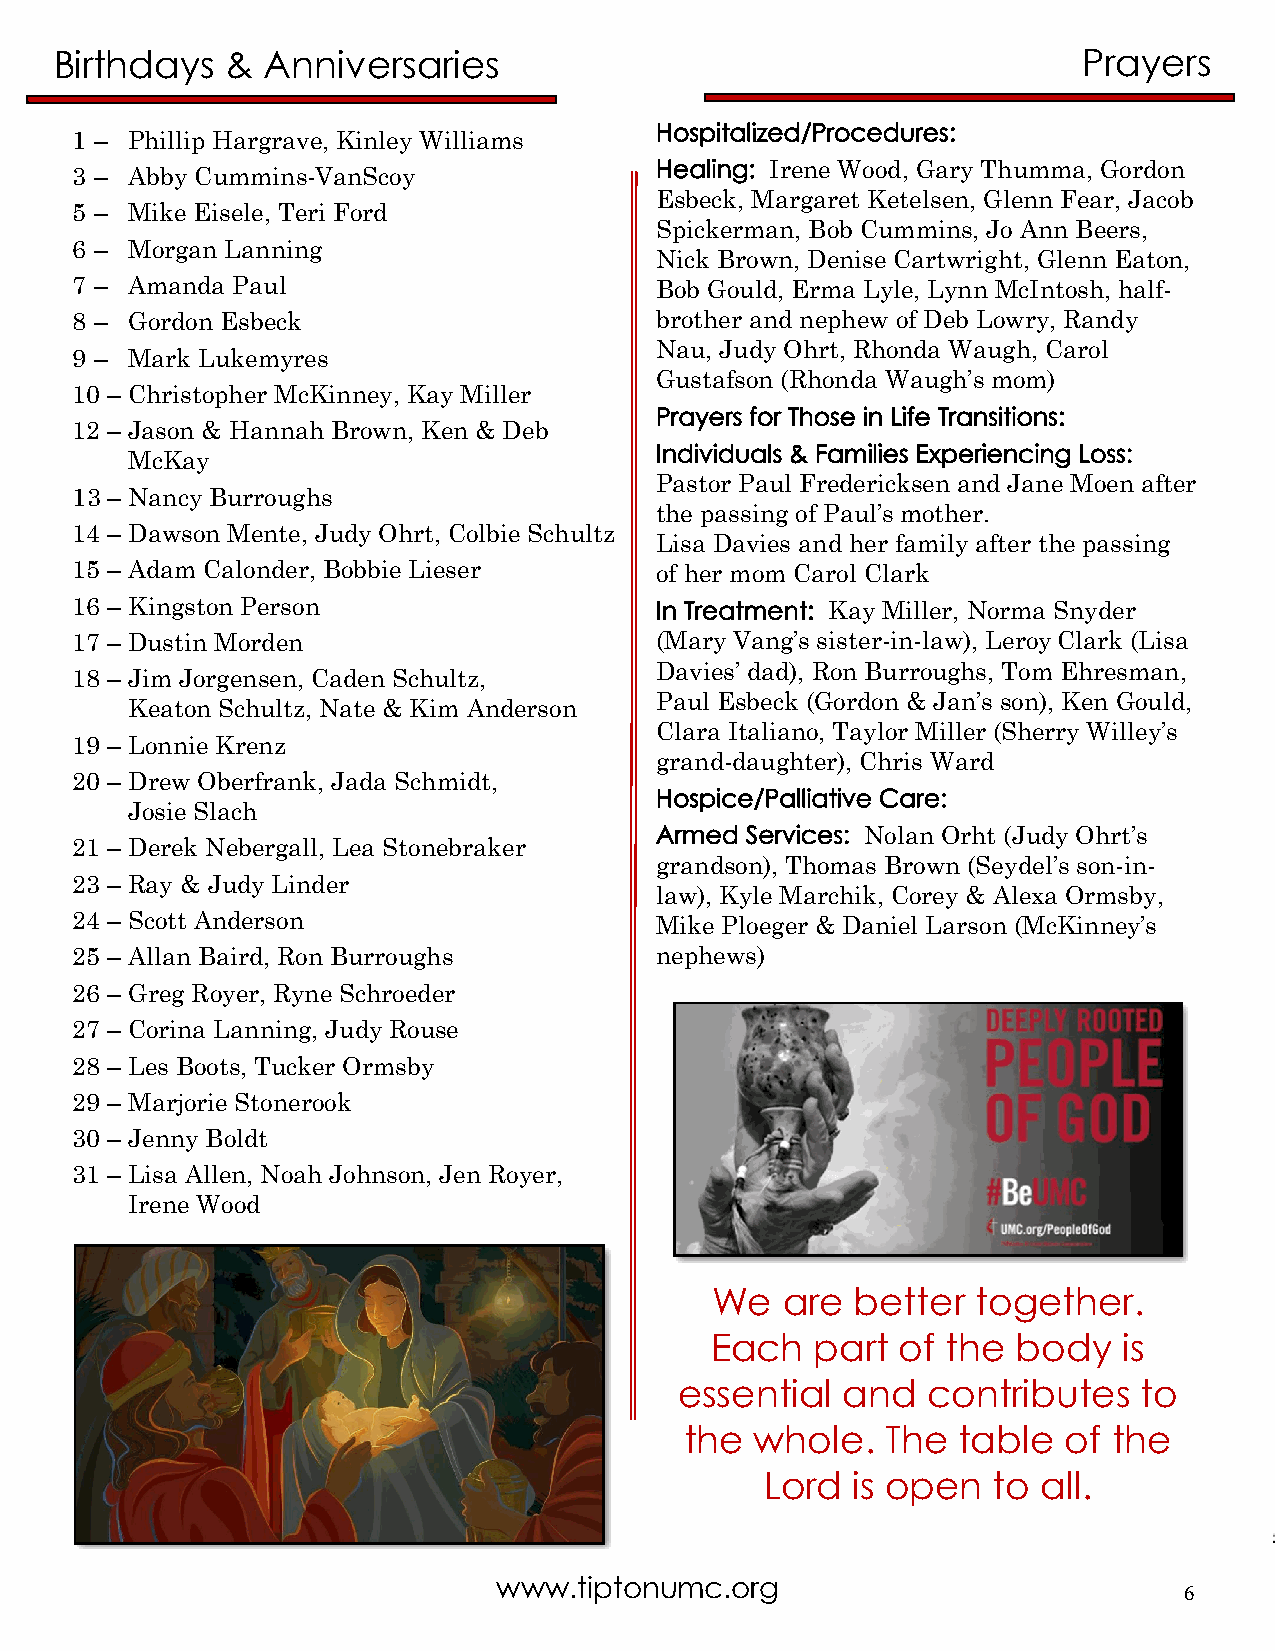
Birthdays  &  Anniversaries                                         Prayers
 Hospitalized/Procedures:
 1 – Phillip Hargrave, Kinley Williams
 Healing: Irene Wood, Gary Thumma, Gordon
 3 – Abby Cummins-VanScoy
 Esbeck, Margaret Ketelsen, Glenn Fear, Jacob
 5 – Mike Eisele, Teri Ford
 Spickerman, Bob Cummins, Jo Ann Beers,
 6 – Morgan Lanning
 Nick Brown, Denise Cartwright, Glenn Eaton,
 7 – Amanda Paul                       Bob Gould, Erma Lyle, Lynn McIntosh, half-
 8 – Gordon Esbeck                     brother and nephew of Deb Lowry, Randy
 Nau, Judy Ohrt, Rhonda Waugh, Carol
 9 – Mark Lukemyres
 Gustafson (Rhonda Waugh’s mom)
 10 – Christopher McKinney, Kay Miller
 Prayers for Those in Life Transitions:
 12 – Jason & Hannah Brown, Ken & Deb
 Individuals & Families Experiencing Loss:
 McKay
 Pastor Paul Fredericksen and Jane Moen after
 13 – Nancy Burroughs
 the passing of Paul’s mother.
 14 – Dawson Mente, Judy Ohrt, Colbie Schultz
 Lisa Davies and her family after the passing
 15 – Adam Calonder, Bobbie Lieser     of her mom Carol Clark
 16 – Kingston Person                  In Treatment: Kay Miller, Norma Snyder
 17 – Dustin Morden                    (Mary Vang’s sister-in-law), Leroy Clark (Lisa
 Davies’ dad), Ron Burroughs, Tom Ehresman,
 18 – Jim Jorgensen, Caden Schultz,
 Paul Esbeck (Gordon & Jan’s son), Ken Gould,
 Keaton Schultz, Nate & Kim Anderson
 Clara Italiano, Taylor Miller (Sherry Willey’s
 19 – Lonnie Krenz
 grand-daughter), Chris Ward
 20 – Drew Oberfrank, Jada Schmidt,
 Hospice/Palliative Care:
 Josie Slach
 Armed Services: Nolan Orht (Judy Ohrt’s
 21 – Derek Nebergall, Lea Stonebraker
 grandson), Thomas Brown (Seydel’s son-in-
 23 – Ray & Judy Linder
 law), Kyle Marchik, Corey & Alexa Ormsby,
 24 – Scott Anderson                   Mike Ploeger & Daniel Larson (McKinney’s
 25 – Allan Baird, Ron Burroughs       nephews)
 26 – Greg Royer, Ryne Schroeder
 27 – Corina Lanning, Judy Rouse
 28 – Les Boots, Tucker Ormsby
 29 – Marjorie Stonerook
 30 – Jenny Boldt
 31 – Lisa Allen, Noah Johnson, Jen Royer,
 Irene Wood
 We   are  better  together.
 Each   part  of the body   is
 essential  and  contributes    to
 the  whole.   The table   of the
 Lord is open   to all.
 www.tiptonumc.org
 6